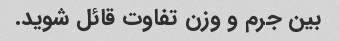
بین جرم و وزن تفاوت قائل شوید.